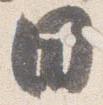
日